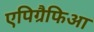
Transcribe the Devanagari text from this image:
एपिग्रैफिआ